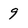
Character: 9